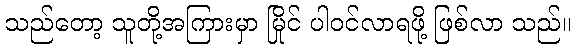
သည်တော့ သူတို့အကြားမှာ မြိုင် ပါဝင်လာရဖို့ ဖြစ်လာ သည်။